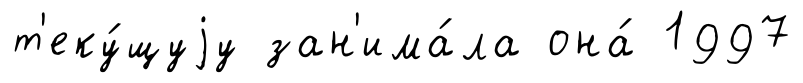
т'еку́щуjу зан'има́ла она́ 1997